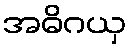
အဓိဂယှ